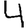
Digit: 4